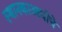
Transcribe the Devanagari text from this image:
स्थानकाआधीचे